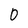
Character: 0